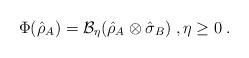
LaTeX: \begin{align*}\Phi(\hat{\rho}_A) = \mathcal{B}_\eta(\hat{\rho}_A\otimes\hat{\sigma}_B)\;,\eta\ge0\;.\end{align*}